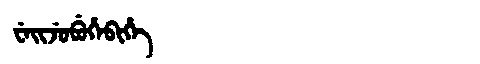
Manchu: ᠸᡝᡳᠵᡠᠪᡠᡥᡝᠪᡳᡥᡝ
Romanization: WEIJUBUHEBIHE